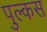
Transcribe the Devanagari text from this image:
पुल्कस